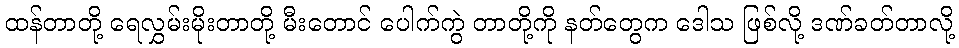
ထန်တာတို့ ရေလွှမ်းမိုးတာတို့ မီးတောင် ပေါက်ကွဲ တာတို့ကို နတ်တွေက ဒေါသ ဖြစ်လို့ ဒဏ်ခတ်တာလို့